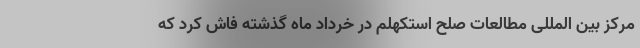
مرکز بین المللی مطالعات صلح استکهلم در خرداد ماه گذشته فاش کرد که